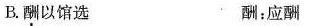
B.酬以馆选 酬；应酬